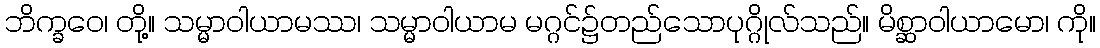
ဘိက္ခဝေ၊ တို့။ သမ္မာဝါယာမဿ၊ သမ္မာဝါယာမ မဂ္ဂင်၌တည်သောပုဂ္ဂိုလ်သည်။ မိစ္ဆာဝါယာမော၊ ကို။